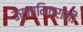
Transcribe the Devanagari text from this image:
उर्जामित्रांनी